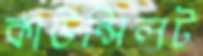
কাউন্সিলট